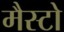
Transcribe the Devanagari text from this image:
मैस्टो